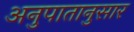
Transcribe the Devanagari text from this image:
अनुपातानुसार